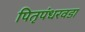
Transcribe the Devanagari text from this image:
पितृपंधरवडा